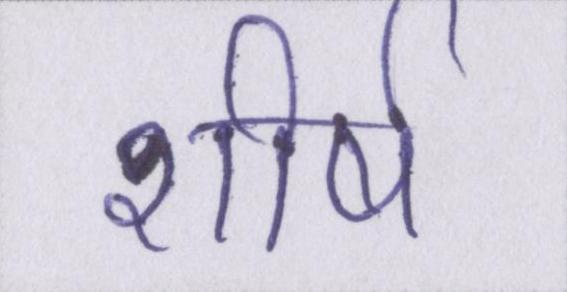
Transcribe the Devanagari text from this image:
शीर्ष